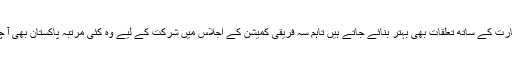
ان کے بھارت کے ساتھ تعلقات بھی بہتر بنائے جاتے ہیں تاہم سہ فریقی کمیشن کے اجلاس میں شرکت کے لیے وہ کئی مرتبہ پاکستان بھی آ چکے ہیں‘۔